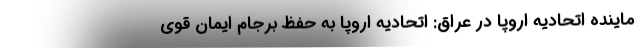
ماینده اتحادیه اروپا در عراق: اتحادیه اروپا به حفظ برجام ایمان قوی